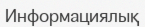
Информациялық